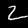
Label: 2